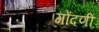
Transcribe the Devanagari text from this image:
गोंदणी